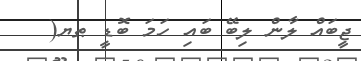
ޖީބައް ލާން ލިބޭ ބައި ހަމަ ބޮޑީ ޠޔ(